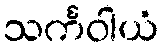
သင်္ကဝါယံ